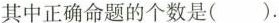
其中正确命题的个数是( ).